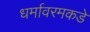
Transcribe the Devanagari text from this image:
धर्मावरमकडे